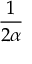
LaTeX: \frac { 1 } { 2 \alpha }